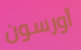
أورسون